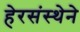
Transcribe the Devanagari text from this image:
हेरसंस्थेने